Report of the Municipal Commissioner on the plague in Bombay for the year ending 31st May... - Volume 3
Disease focus: Plague
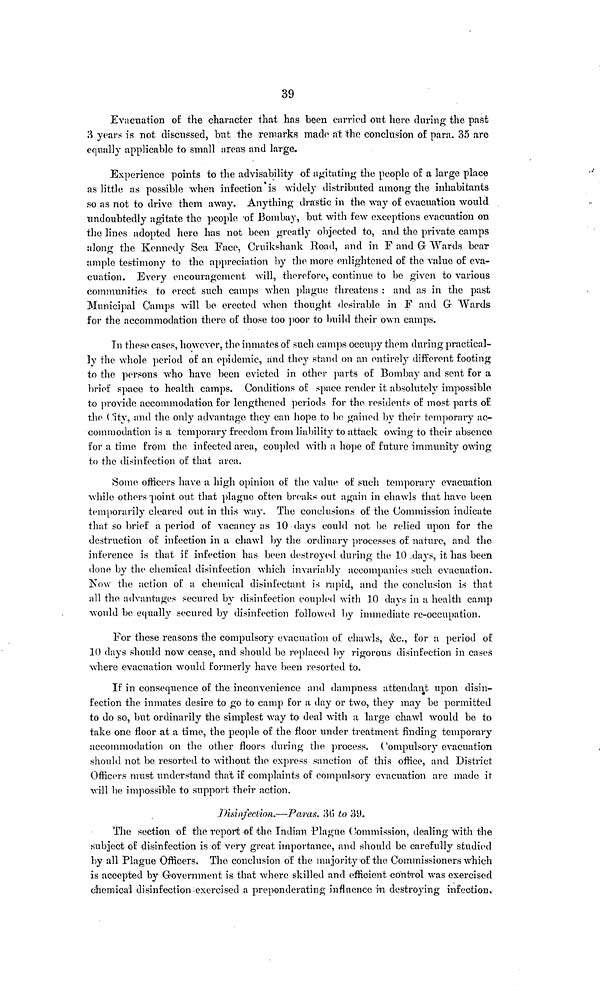
39
Evacuation of the character that has been carried out hero during the past
3 years is not discussed, but the remarks made at the conclusion of para. 35 are
equally applicable to small areas and large.
Experience points to the advisability of agitating the people of a large place
as little as possible when infection is widely distributed among the inhabitants
so as not to drive them away. Anything drastic in the way of evacuation would
undoubtedly agitate the people of Bombay, but with few exceptions evacuation on
the lines adopted here has not been greatly objected to, and the private camps
along the Kennedy Sea Face, Cruikshank Road, and in F and G Wards bear
ample testimony to the appreciation by the more enlightened of the value of eva-
cuation. Every encouragement will, therefore, continue to be given to various
communities to erect such camps when plague threatens : and as in the past
Municipal Camps will be erected when thought desirable in F and G Wards
for the accommodation there of those too poor to build their own camps.
In these cases, however, the inmates of such camps occupy them during practical-
ly the whole period of an epidemic, and they stand on an entirely different footing
to the persons who have been evicted in other parts of Bombay and sent for a
brief space to health camps. Conditions of space render it absolutely impossible
to provide accommodation for lengthened periods for the residents of most parts of
the City, and the only advantage they can hope to be gained by their temporary ac-
commodation is a temporary freedom from liability to attack owing to their absence
for a time from the infected area, coupled with a hope of future immunity owing
to the disinfection of that area.
Some officers have a high opinion of the value of such temporary evacuation
while others point out that plague often breaks out again in chawls that have been
temporarily cleared out in this way. The conclusions of the Commission indicate
that so brief a period of vacancy as 10 days could not be relied upon for the
destruction of infection in a chawl by the ordinary processes of nature, and the
inference is that if infection has been destroyed during the 10 days, it has been
done by the chemical disinfection which invariably accompanies such evacuation.
Now the action of a chemical disinfectant is rapid, and the conclusion is that
all the advantages secured by disinfection coupled with 10 days in a health camp
would be equally secured by disinfection followed by immediate re-occupation.
For these reasons the compulsory evacuation of chawls, &c, for a period of
10 days should now cease, and should be replaced by rigorous disinfection in cases
where evacuation would formerly have been resorted to.
If in consequence of the inconvenience and dampness attendant upon disin-
fection the inmates desire to go to camp for a day or two, they may be permitted
to do so, but ordinarily the simplest way to deal with a large chawl would be to
take one floor at a time, the people of the floor under treatment finding temporary
accommodation on the other floors during the process. Compulsory evacuation
should not be resorted to without the express sanction of this office, and District
Officers must understand that if complaints of compulsory evacuation are made it
will be impossible to support their action.
Disinfection.—Paras. 36 to 39.
The section of the report of the Indian Plague Commission, dealing with the
subject of disinfection is of very great importance, and should be carefully studied
by all Plague Officers. The conclusion of the majority of the Commissioners which
is accepted by Government is that where skilled and efficient control was exercised
chemical disinfection exercised a preponderating influence in destroying infection.